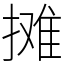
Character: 摊